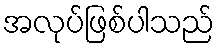
အလုပ်ဖြစ်ပါသည်